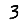
Digit: 3